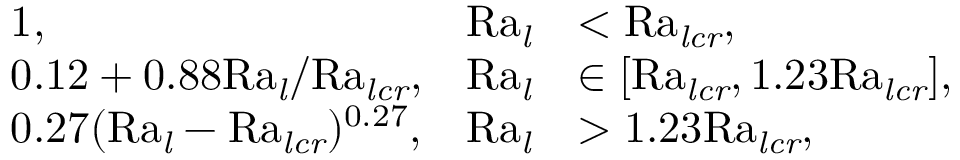
\begin{array} { r l r l } & { 1 , } & { \mathrm { R a \it _ l } } & { < \mathrm { R a \it _ { l c r } , } } \\ & { 0 . 1 2 + 0 . 8 8 \mathrm { R a \it _ l / \mathrm { R a \it _ { l c r } , } } } & { \mathrm { R a \it _ l } } & { \in [ \mathrm { R a \it _ { l c r } , \mathrm { 1 . 2 3 \mathrm { R a \it _ { l c r } ] , } } } } \\ & { 0 . 2 7 ( \mathrm { R a \it _ l - \mathrm { R a \it _ { l c r } \mathrm { ) ^ { 0 . 2 7 } , } } } } & { \mathrm { R a \it _ l } } & { > \mathrm { 1 . 2 3 R a \it _ { l c r } , } } \end{array}